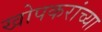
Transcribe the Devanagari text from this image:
खोपकरांच्या